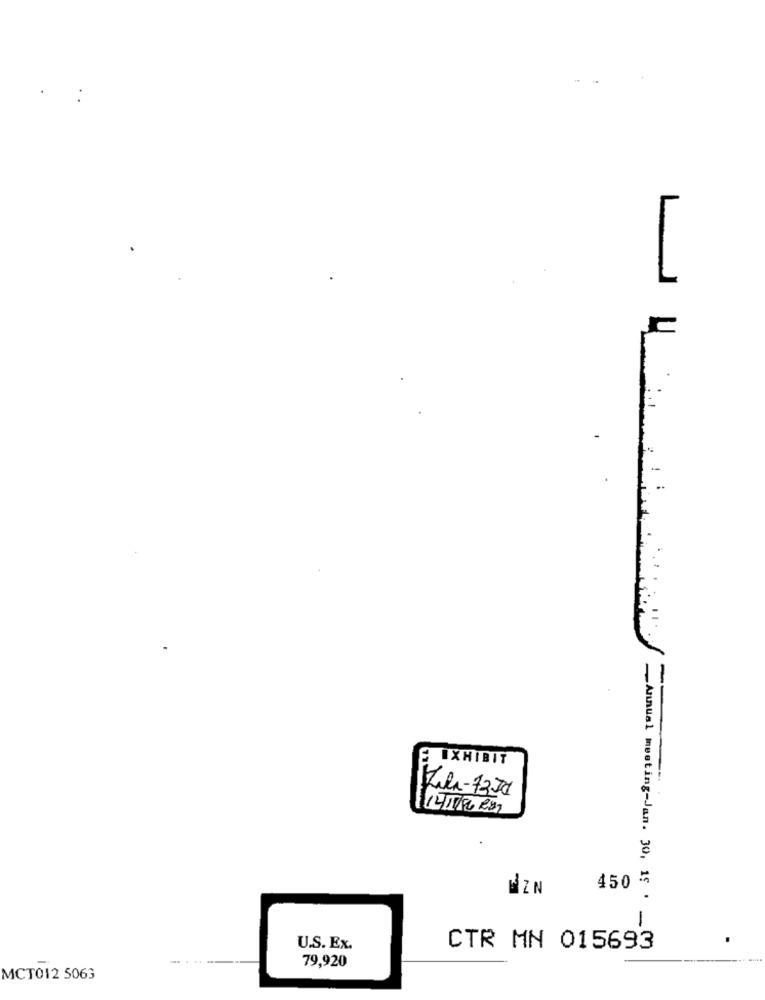
EXHIBIT
450 %
BZN
Annual meeting-Jan. 30, 15 .
U.S. Ex.
CTR MN 015693
--
79,920
MCT012 5063